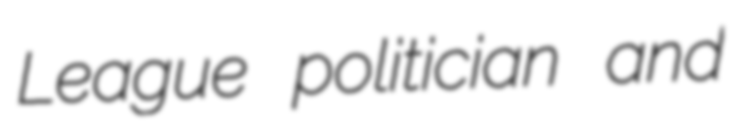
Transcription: League politician and